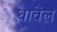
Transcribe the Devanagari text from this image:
धावेल